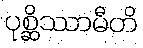
ပုစ္ဆိဿာမီတိ